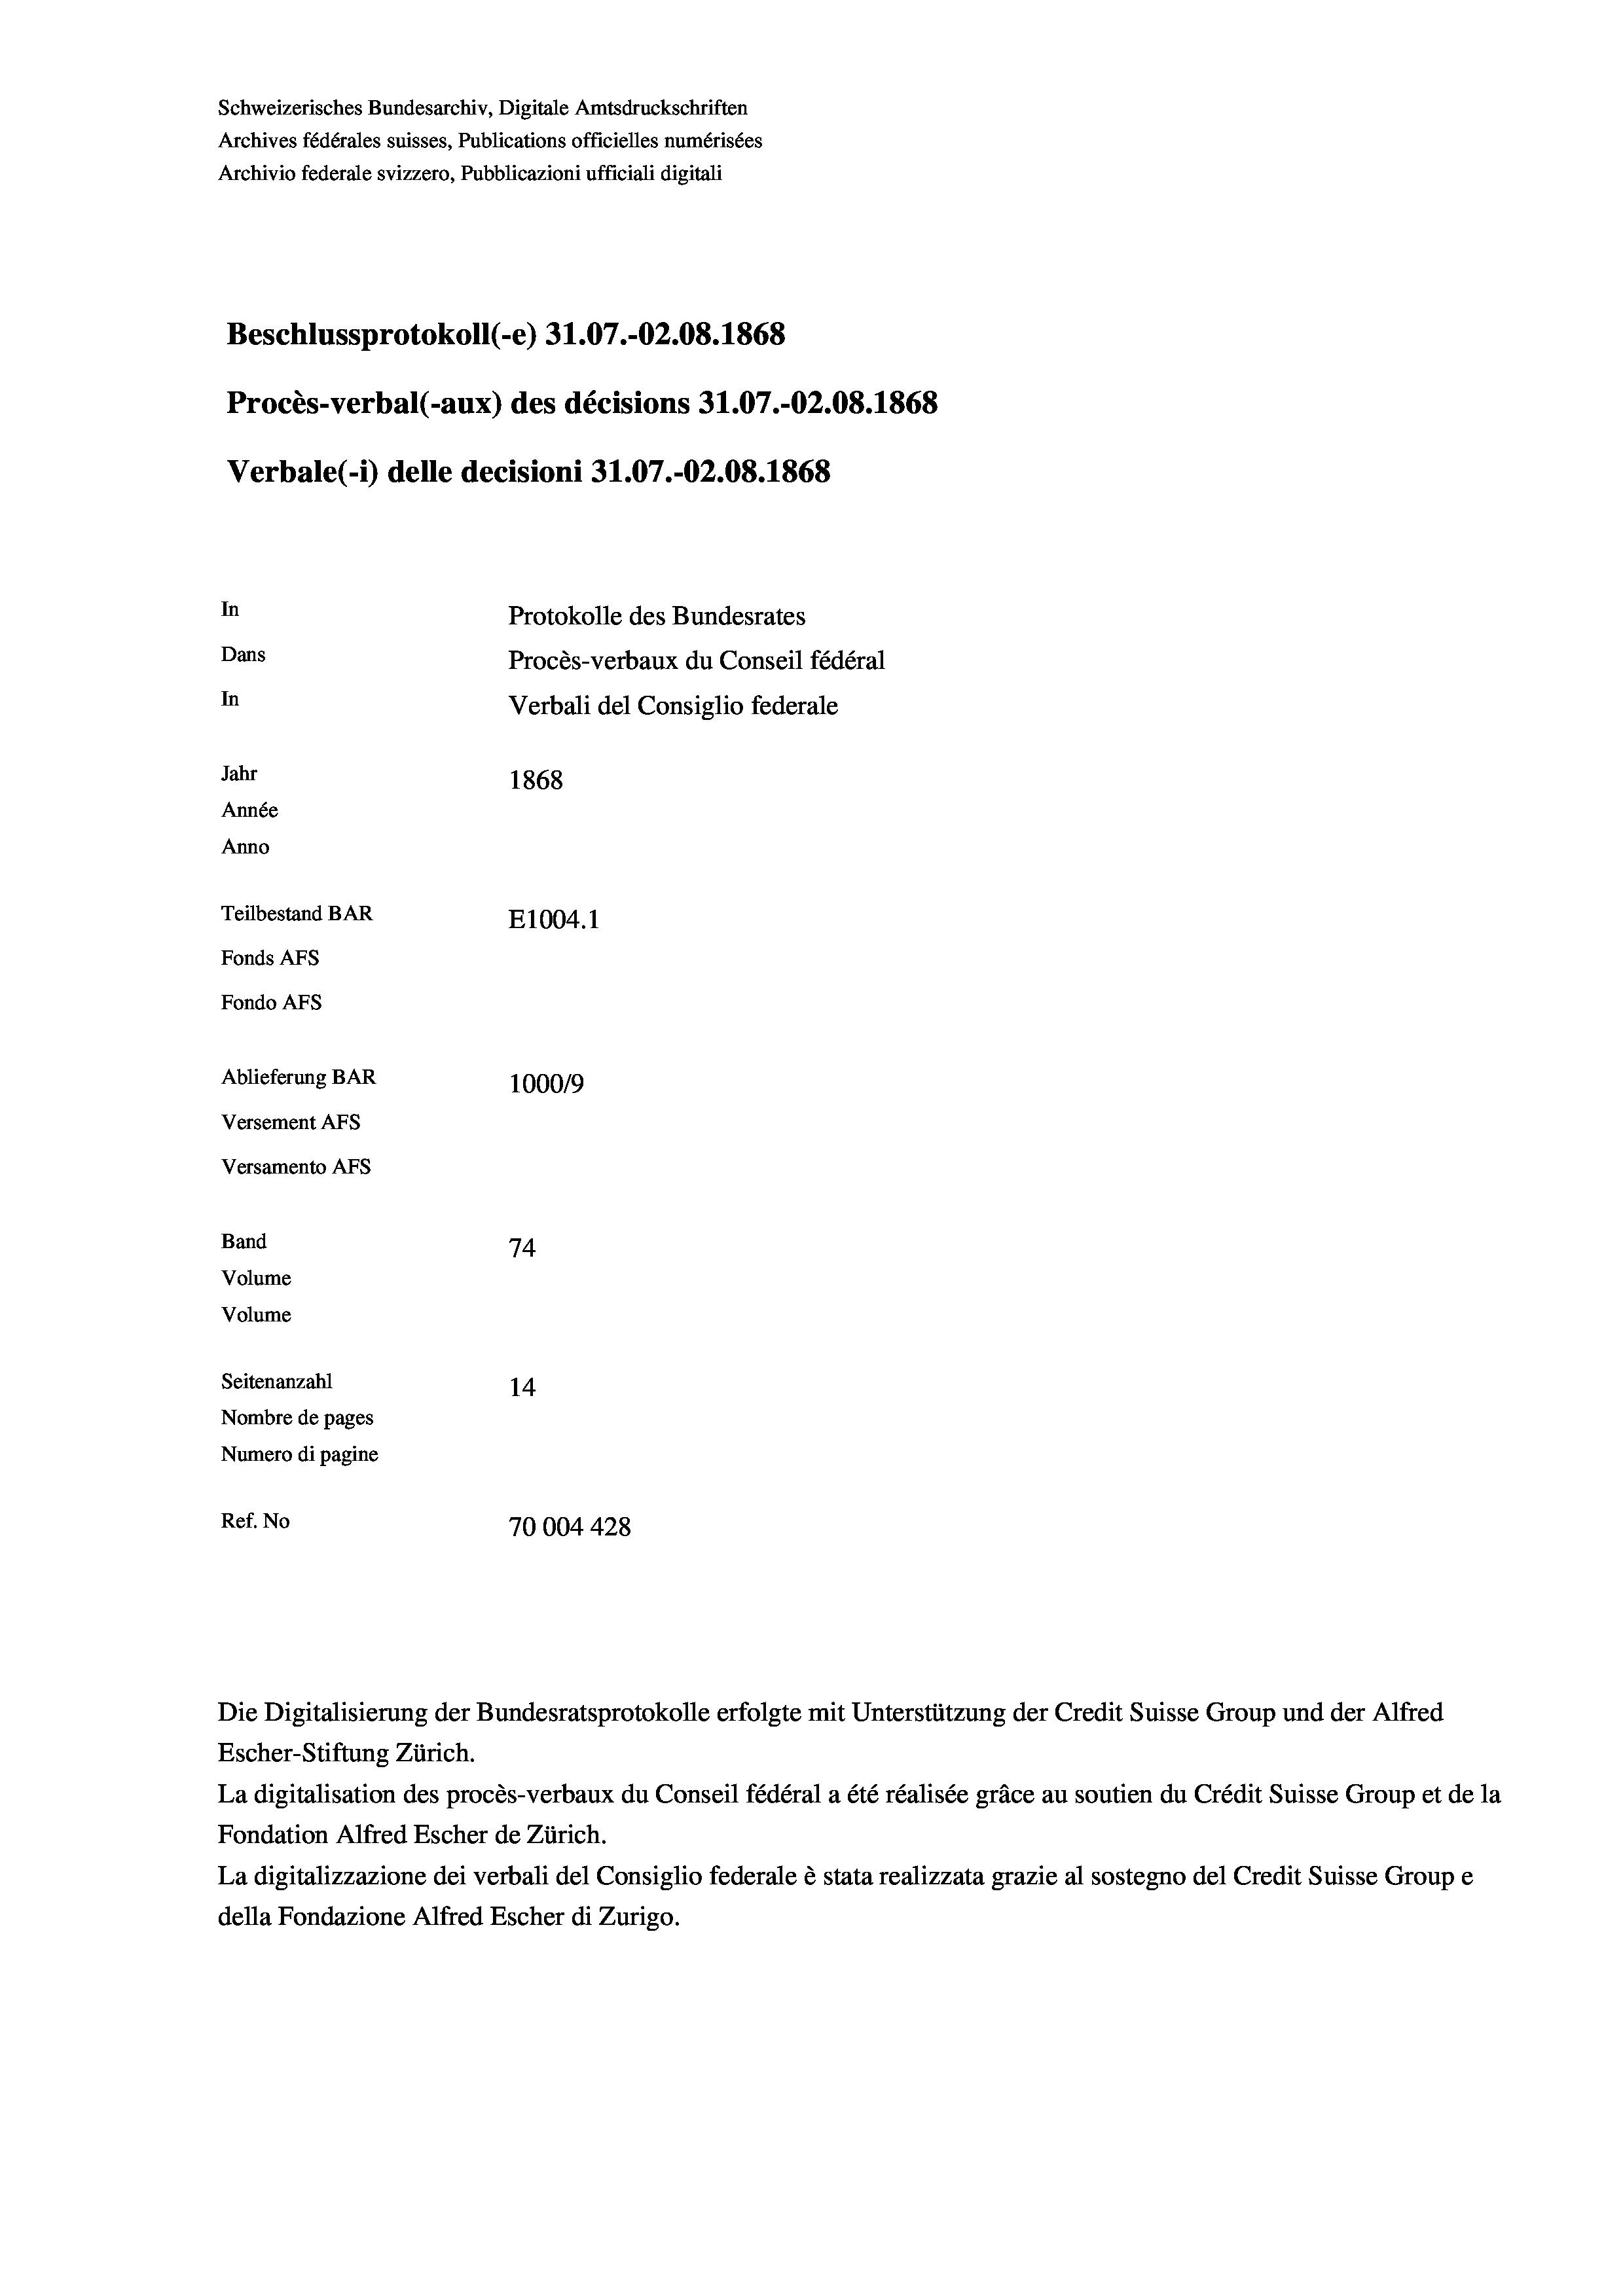
Schweizerisches Bundesarchiv, Digitale Amtsdruckschriften
Archives fédérales suisses, Publications officielles numérisées
Archivio federale svizzero, Pubblicazioni ufficiali digitali
Beschlussprotokoll (-e) 31.07.-O2.08. 1868
Procès-verbal (-aux) des décisions 31.07.-O2.08. 1868
Verbale(-*) delle decisioni 31.07.-O2.08. 1868
In
Protokolle des Bundesrates
Dans
Procès-verbaux du Conseil fédéral
In
Verbali del Consiglio federale
Jahr
1868
Année
Anno
Teilbestand BAR
E1004. 1
Fonds AFs
Fondo AFs
Ablieferung BAR
100019
Versement AFs
Versamento AFs
Band
74
Volume
Volume

Seitenanzahl
14
Nombre de pages
Numero di pagine
Ref. No
70004 428

Die Digitalisierung der Bundesratsprotokolle erfolgte mit Unterstützung der Credit Suisse Group und der Alfred
Escher-Stiftung Zürich.
La digitalisation des procès-verbaux du Conseil fédéral a été réalisée gräce au soutien du Crédit Suisse Group et de la
Fondation Alfred Escher de Zürich.
La digitalizzazione dei verbali del Consiglio federale è stata realizzata grazie al sostegno del Credit Suisse Groupe
della Fondazione Alfred Escher di Zurigo.